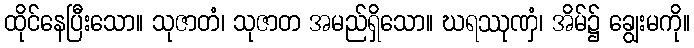
ထိုင်နေပြီးသော။ သုဇာတံ၊ သုဇာတ အမည်ရှိသော။ ဃရဿုဏှံ၊ အိမ်၌ ချွေးမကို။